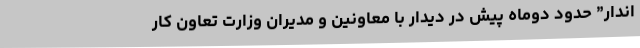
اندار” حدود دوماه پیش در دیدار با معاونین و مدیران وزارت تعاون کار